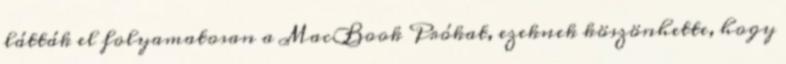
látták el folyamatosan a MacBook Prókat, ezeknek köszönhette, hogy